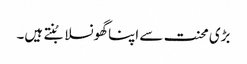
بڑی محنت سے اپنا گھونسلا بُنتے ہیں۔